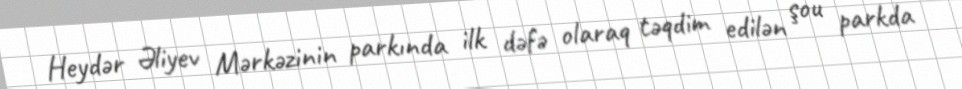
Heydər Əliyev Mərkəzinin parkında ilk dəfə olaraq təqdim edilən şou parkda